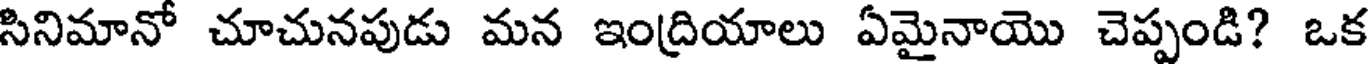
సినిమానో చూచునపుడు మన ఇంద్రియాలు ఏమైనాయొ చెప్పండి? ఒక